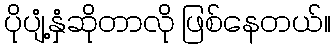
ပိုပျံ့နှံဆိုတာလို ဖြစ်နေတယ်။